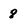
Character: 8